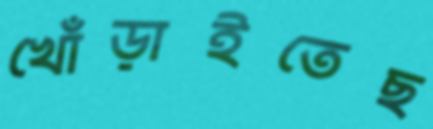
খোঁড়াইতেছ